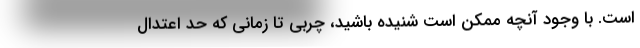
است. با وجود آنچه ممکن است شنیده باشید، چربی تا زمانی که حد اعتدال